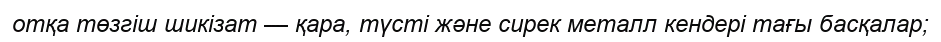
отқа төзгіш шикізат — қара, түсті және сирек металл кендері тағы басқалар;